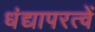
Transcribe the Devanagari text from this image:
धंद्यापरत्वें